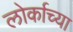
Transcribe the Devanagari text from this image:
लोर्काच्या